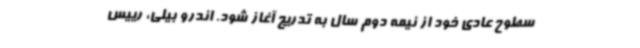
سطوح عادی خود از نیمه دوم سال به تدریج آغاز شود. اندرو بیلی، رییس